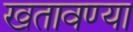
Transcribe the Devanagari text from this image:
खतावण्या